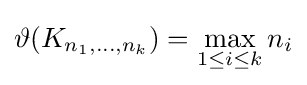
\vartheta (K_{n_{1},\dots ,n_{k}})=\max _{1\leq i\leq k}n_{i}